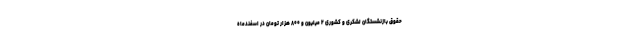
حقوق بازنشستگان لشکری و کشوری ۲ میلیون و ۸۰۰ هزار تومان در اسفندماه